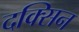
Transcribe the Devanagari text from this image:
दक्सिन